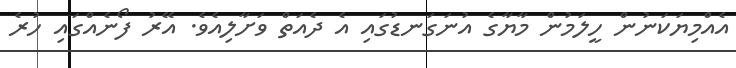
އެއްމިޔަކަނުން ހީލަމުން މާޔާގެ އުނަގަނޑުގައި އެ ދެއަތް ވަށާލިއެވެ. އޭރު ފޯނެއްގައި ހުރެ